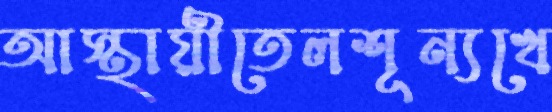
আস্থায়ীতেলশূন্যখে